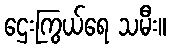
ဌေးကြွယ်ရေ သမီး။